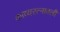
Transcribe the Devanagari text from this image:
काव्यरत्‍नावली